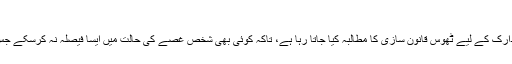
ارکان پارلیمنٹ کی دوہری شہریت کا مسئلہ
حکومت پاکستان اور اسلامی نظریاتی کونسل پاکستان سے ایسے مسائل کے تدارک کے لیے ٹھوس قانون سازی کا مطالبہ کیا جاتا رہا ہے، تاکہ کوئی بھی شخص غصے کی حالت میں ایسا فیصلہ نہ کرسکے جس سے کسی کی زندگی برباد ہوجائے اور مطلق کو بھی بعد میں پچھتانا پڑے۔